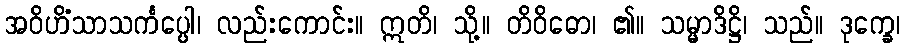
အဝိဟိံသာသင်္ကပ္ပေါ၊ လည်းကောင်း။ ဣတိ၊ သို့။ တိဝိဓော၊ ၏။ သမ္မာဒိဋ္ဌိ၊ သည်။ ဒုက္ခေ၊